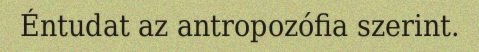
Éntudat az antropozófia szerint.